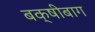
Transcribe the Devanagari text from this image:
बक्षीबाग